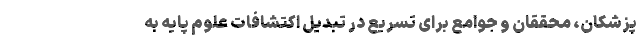
پزشکان، محققان و جوامع برای تسریع در تبدیل اکتشافات علوم پایه به